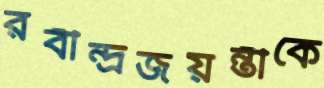
রবীন্দ্রজয়ন্তীকে